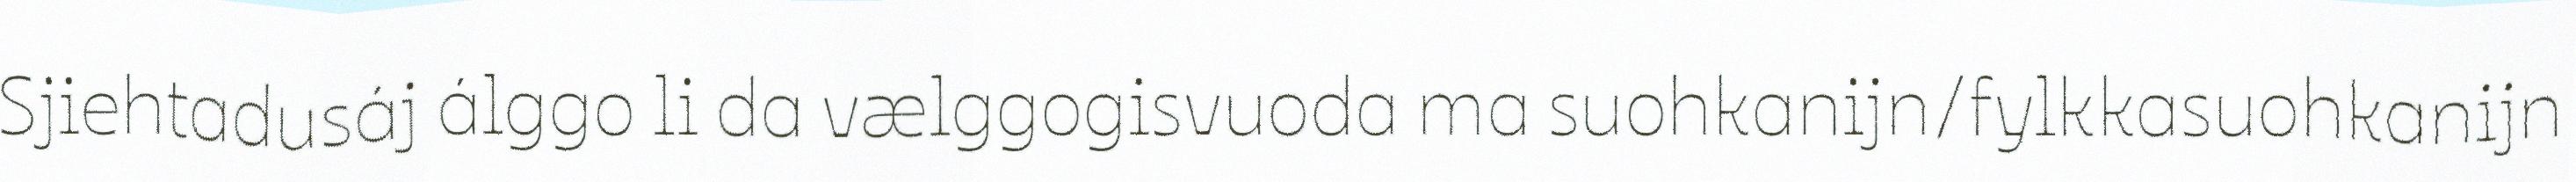
Sjiehtadusáj álggo li da vælggogisvuoda ma suohkanijn/fylkkasuohkanijn